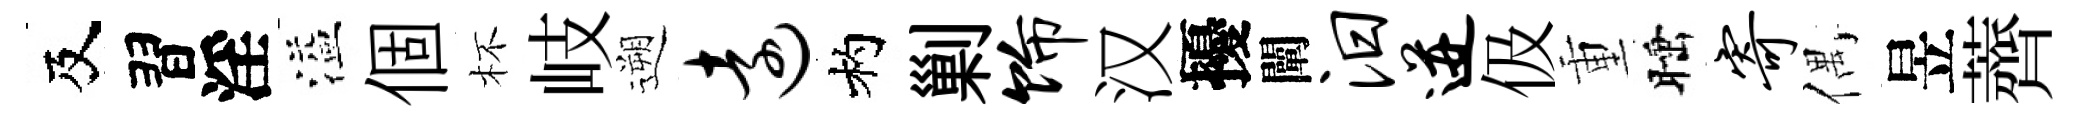
及習淫溢個杯岐遡远杓剿饰汉擾闡汨迸伋重睡寄偶昱薺